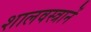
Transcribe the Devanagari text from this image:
शालवस्त्रानें